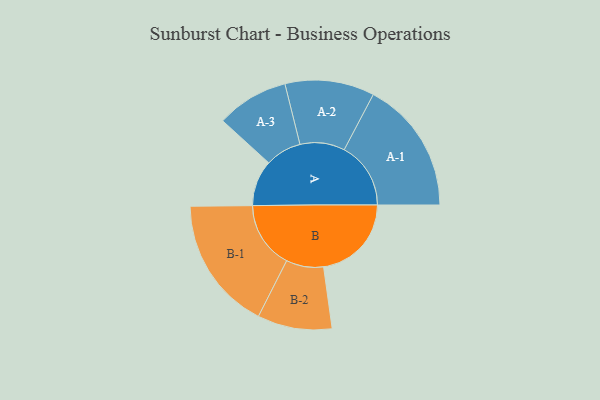
{"axis": {"x": "Segment", "y": "Value"}, "legend": ["", "A", "B"], "data": [{"x": "A", "y": 149, "type": ""}, {"x": "B", "y": 285, "type": ""}, {"x": "A-1", "y": 216, "type": "A"}, {"x": "A-2", "y": 145, "type": "A"}, {"x": "A-3", "y": 117, "type": "A"}, {"x": "B-1", "y": 217, "type": "B"}, {"x": "B-2", "y": 121, "type": "B"}]}